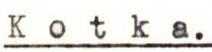
K o t k a.